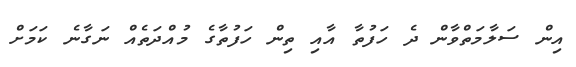
އިން ސަލާމަތްވާން ދެ ހަފުތާ އާއި ތިން ހަފުތާގެ މުއްދަތެއް ނަގާނެ ކަމަށް